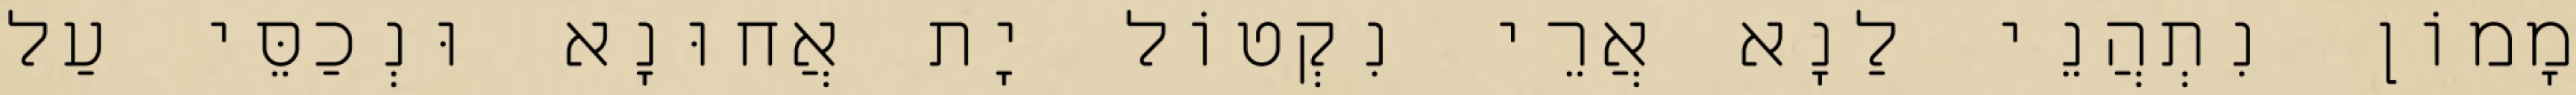
מָמוֹן נִתְהֲנֵי לַנָא אֲרֵי נִקְטוֹל יָת אֲחוּנָא וּנְכַסֵּי עַל